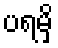
ပရမှိ